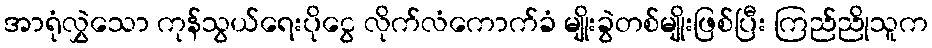
အာရုံလွှဲသော ကုန်သွယ်ရေးပိုငွေ လိုက်လံကောက်ခံ မျိုးခွဲတစ်မျိုးဖြစ်ပြီး ကြည်ညိုသူက